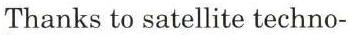
Thanks to satellite techno-